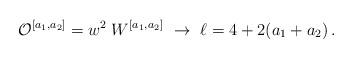
LaTeX: \begin{align*} {\cal O}^{[a_1,a_2]} = w^2\; W^{[a_1,a_2]} \ \rightarrow \ \ell = 4 + 2(a_1+a_2) \,.\end{align*}